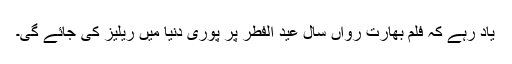
یاد رہے کہ فلم بھارت رواں سال عید الفطر پر پوری دنیا میں ریلیز کی جائے گی۔